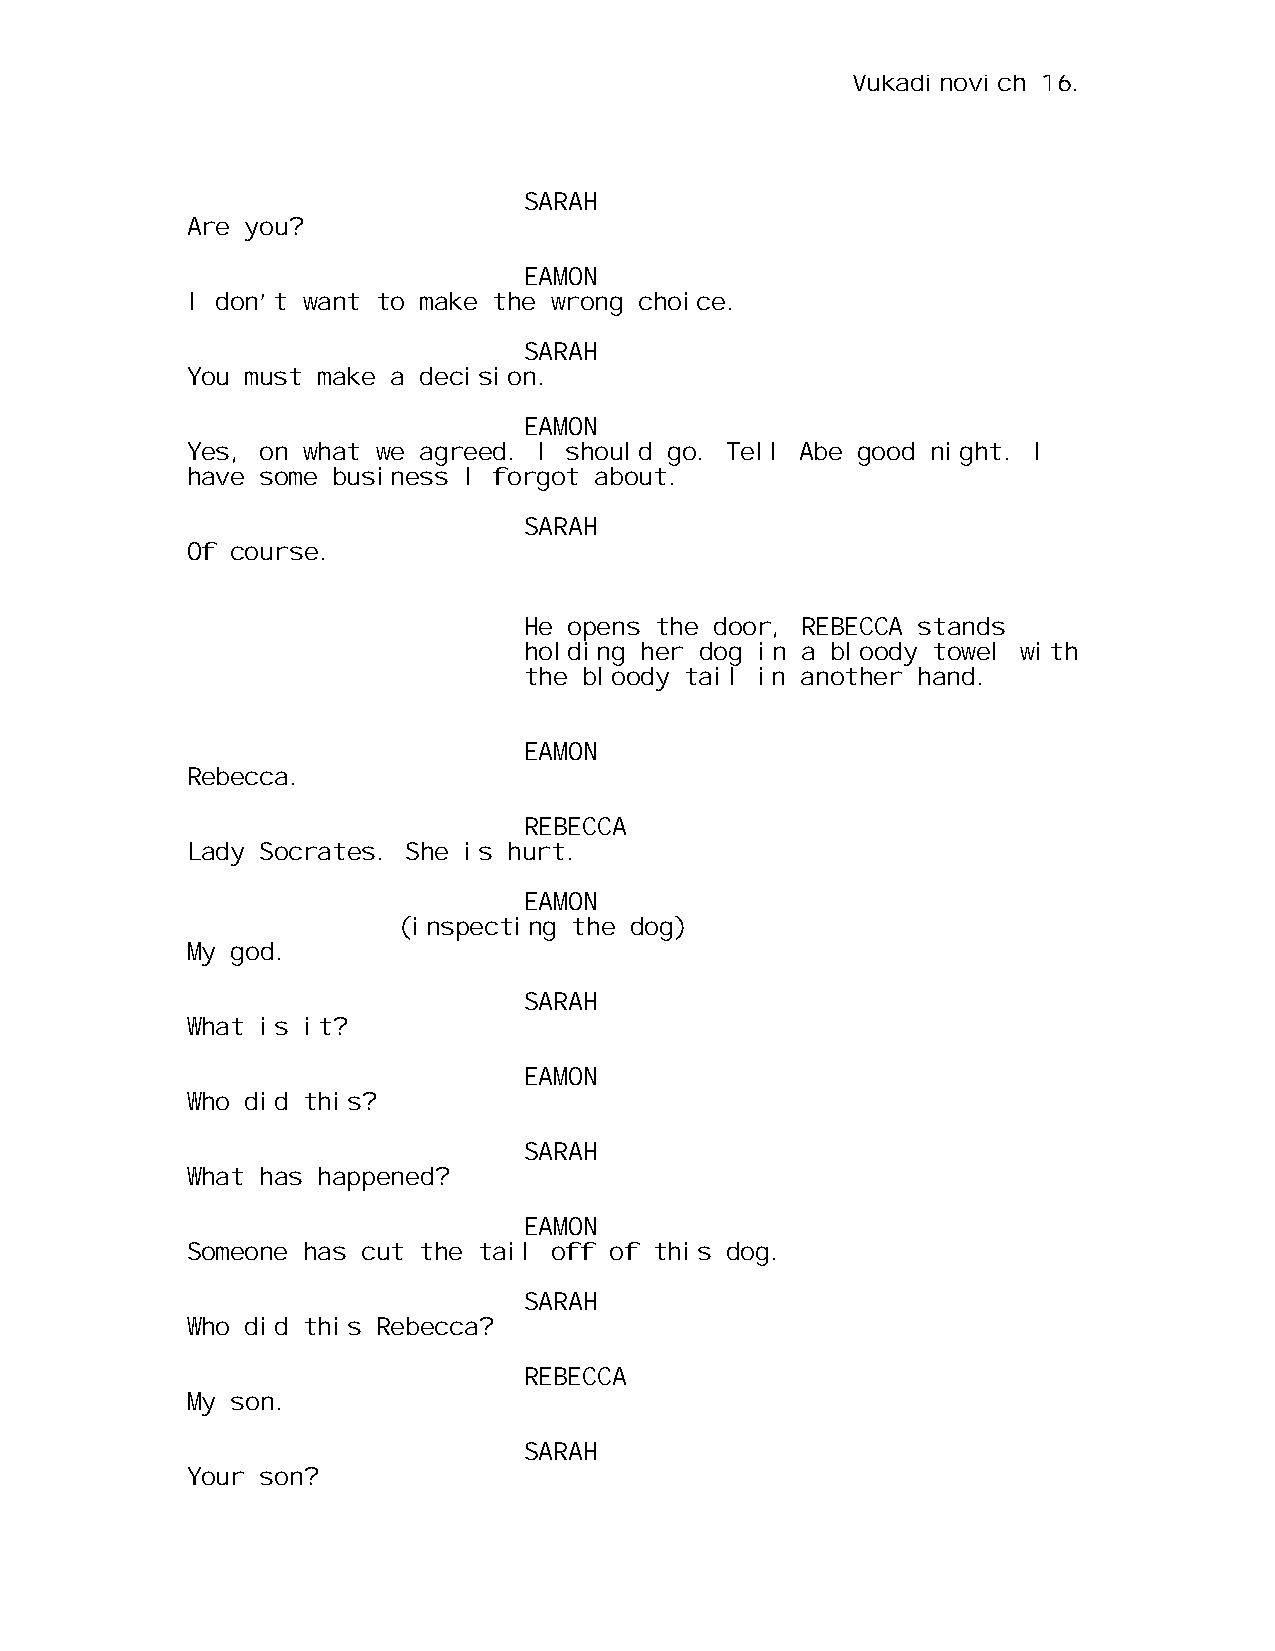
Vukadinovich 16.
 SARAH
 Are you?
 EAMON
 I don’t want to make the wrong choice.
 SARAH
 You must make a decision.
 EAMON
 Yes, on what we agreed. I should go. Tell Abe good night. I
 have some business I forgot about.
 SARAH
 Of course.
 He opens the door, REBECCA stands
 holding her dog in a bloody towel with
 the bloody tail in another hand.
 EAMON
 Rebecca.
 REBECCA
 Lady Socrates. She is hurt.
 EAMON
 (inspecting the dog)
 My god.
 SARAH
 What is it?
 EAMON
 Who did this?
 SARAH
 What has happened?
 EAMON
 Someone has cut the tail off of this dog.
 SARAH
 Who did this Rebecca?
 REBECCA
 My son.
 SARAH
 Your son?